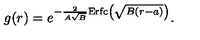
g ( r ) = e ^ { - { \frac { 2 } { A \sqrt B } } \mathrm { E r f c } \left( \sqrt { B ( r - a ) } \right) } .